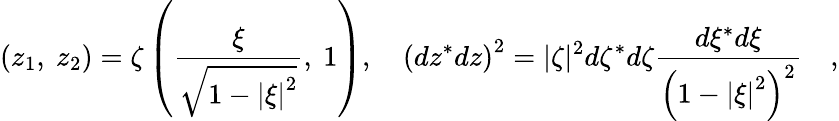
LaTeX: \left({{z_{1}},\ {z_{2}}}\right)=\zeta\left({{\frac{\xi}{\sqrt{1-\left|\xi\right|^{2}}}},\ 1}\right),\quad\left({dz^{*}dz}\right)^{2}=|\zeta|^{2}d\zeta^{*}d\zeta{\frac{d\xi^{*}d\xi}{\left({1-\left|\xi\right|^{2}}\right)^{2}}}\quad,